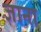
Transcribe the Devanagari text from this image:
ज्ञाना